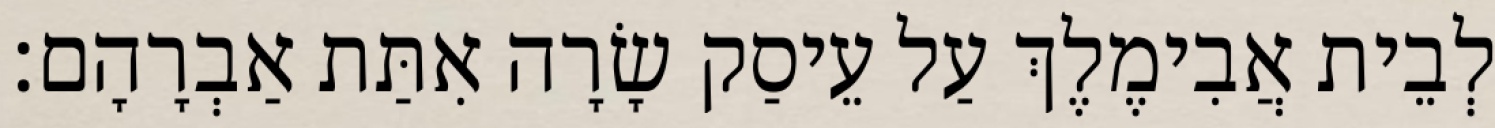
לְבֵית אֲבִימֶלֶךְ עַל עֵיסַק שָׂרָה אִתַּת אַבְרָהָם׃